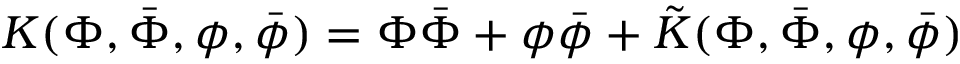
K ( \Phi , \bar { \Phi } , \phi , \bar { \phi } ) = \Phi \bar { \Phi } + \phi \bar { \phi } + \tilde { K } ( \Phi , \bar { \Phi } , \phi , \bar { \phi } )